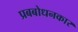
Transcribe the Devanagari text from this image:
प्रबबोधनकार